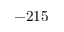
- 2 1 5